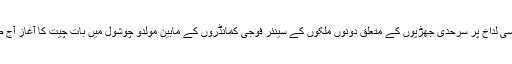
ایل اے سی لداخ پر سرحدی جھڑپوں کے متعلق دونوں ملکوں کے سینئر فوجی کمانڈروں کے مابین مولدو چوشول میں بات چیت کا آغاز آج صبح ہوا۔